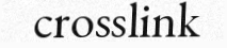
crosslink